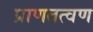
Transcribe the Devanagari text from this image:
प्राणतत्वण